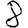
Digit: 8